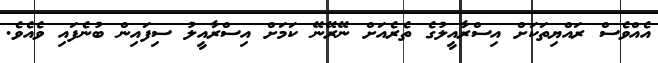
އެއްވެސް ރައްޔިތަކަށް އިސްރާއީލުގެ ތެރެއަށް ނޭރޭނޭ ކަމަށް އިސްރާއީލު ސިފައިން ބުނެފައި ވެއެވެ.